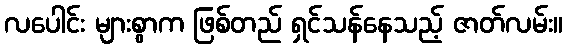
လပေါင်း များစွာက ဖြစ်တည် ရှင်သန်နေသည့် ဇာတ်လမ်း။